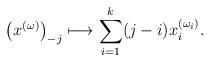
LaTeX: \begin{align*} \left(x^{(\omega)}\right)_{-j} \longmapsto \sum_{i=1}^{k} (j-i) x_{i}^{(\omega_i)}.\end{align*}